65_HS1-834228961_62-HQ-83894_Section_3
Agency: FBI
Page 99
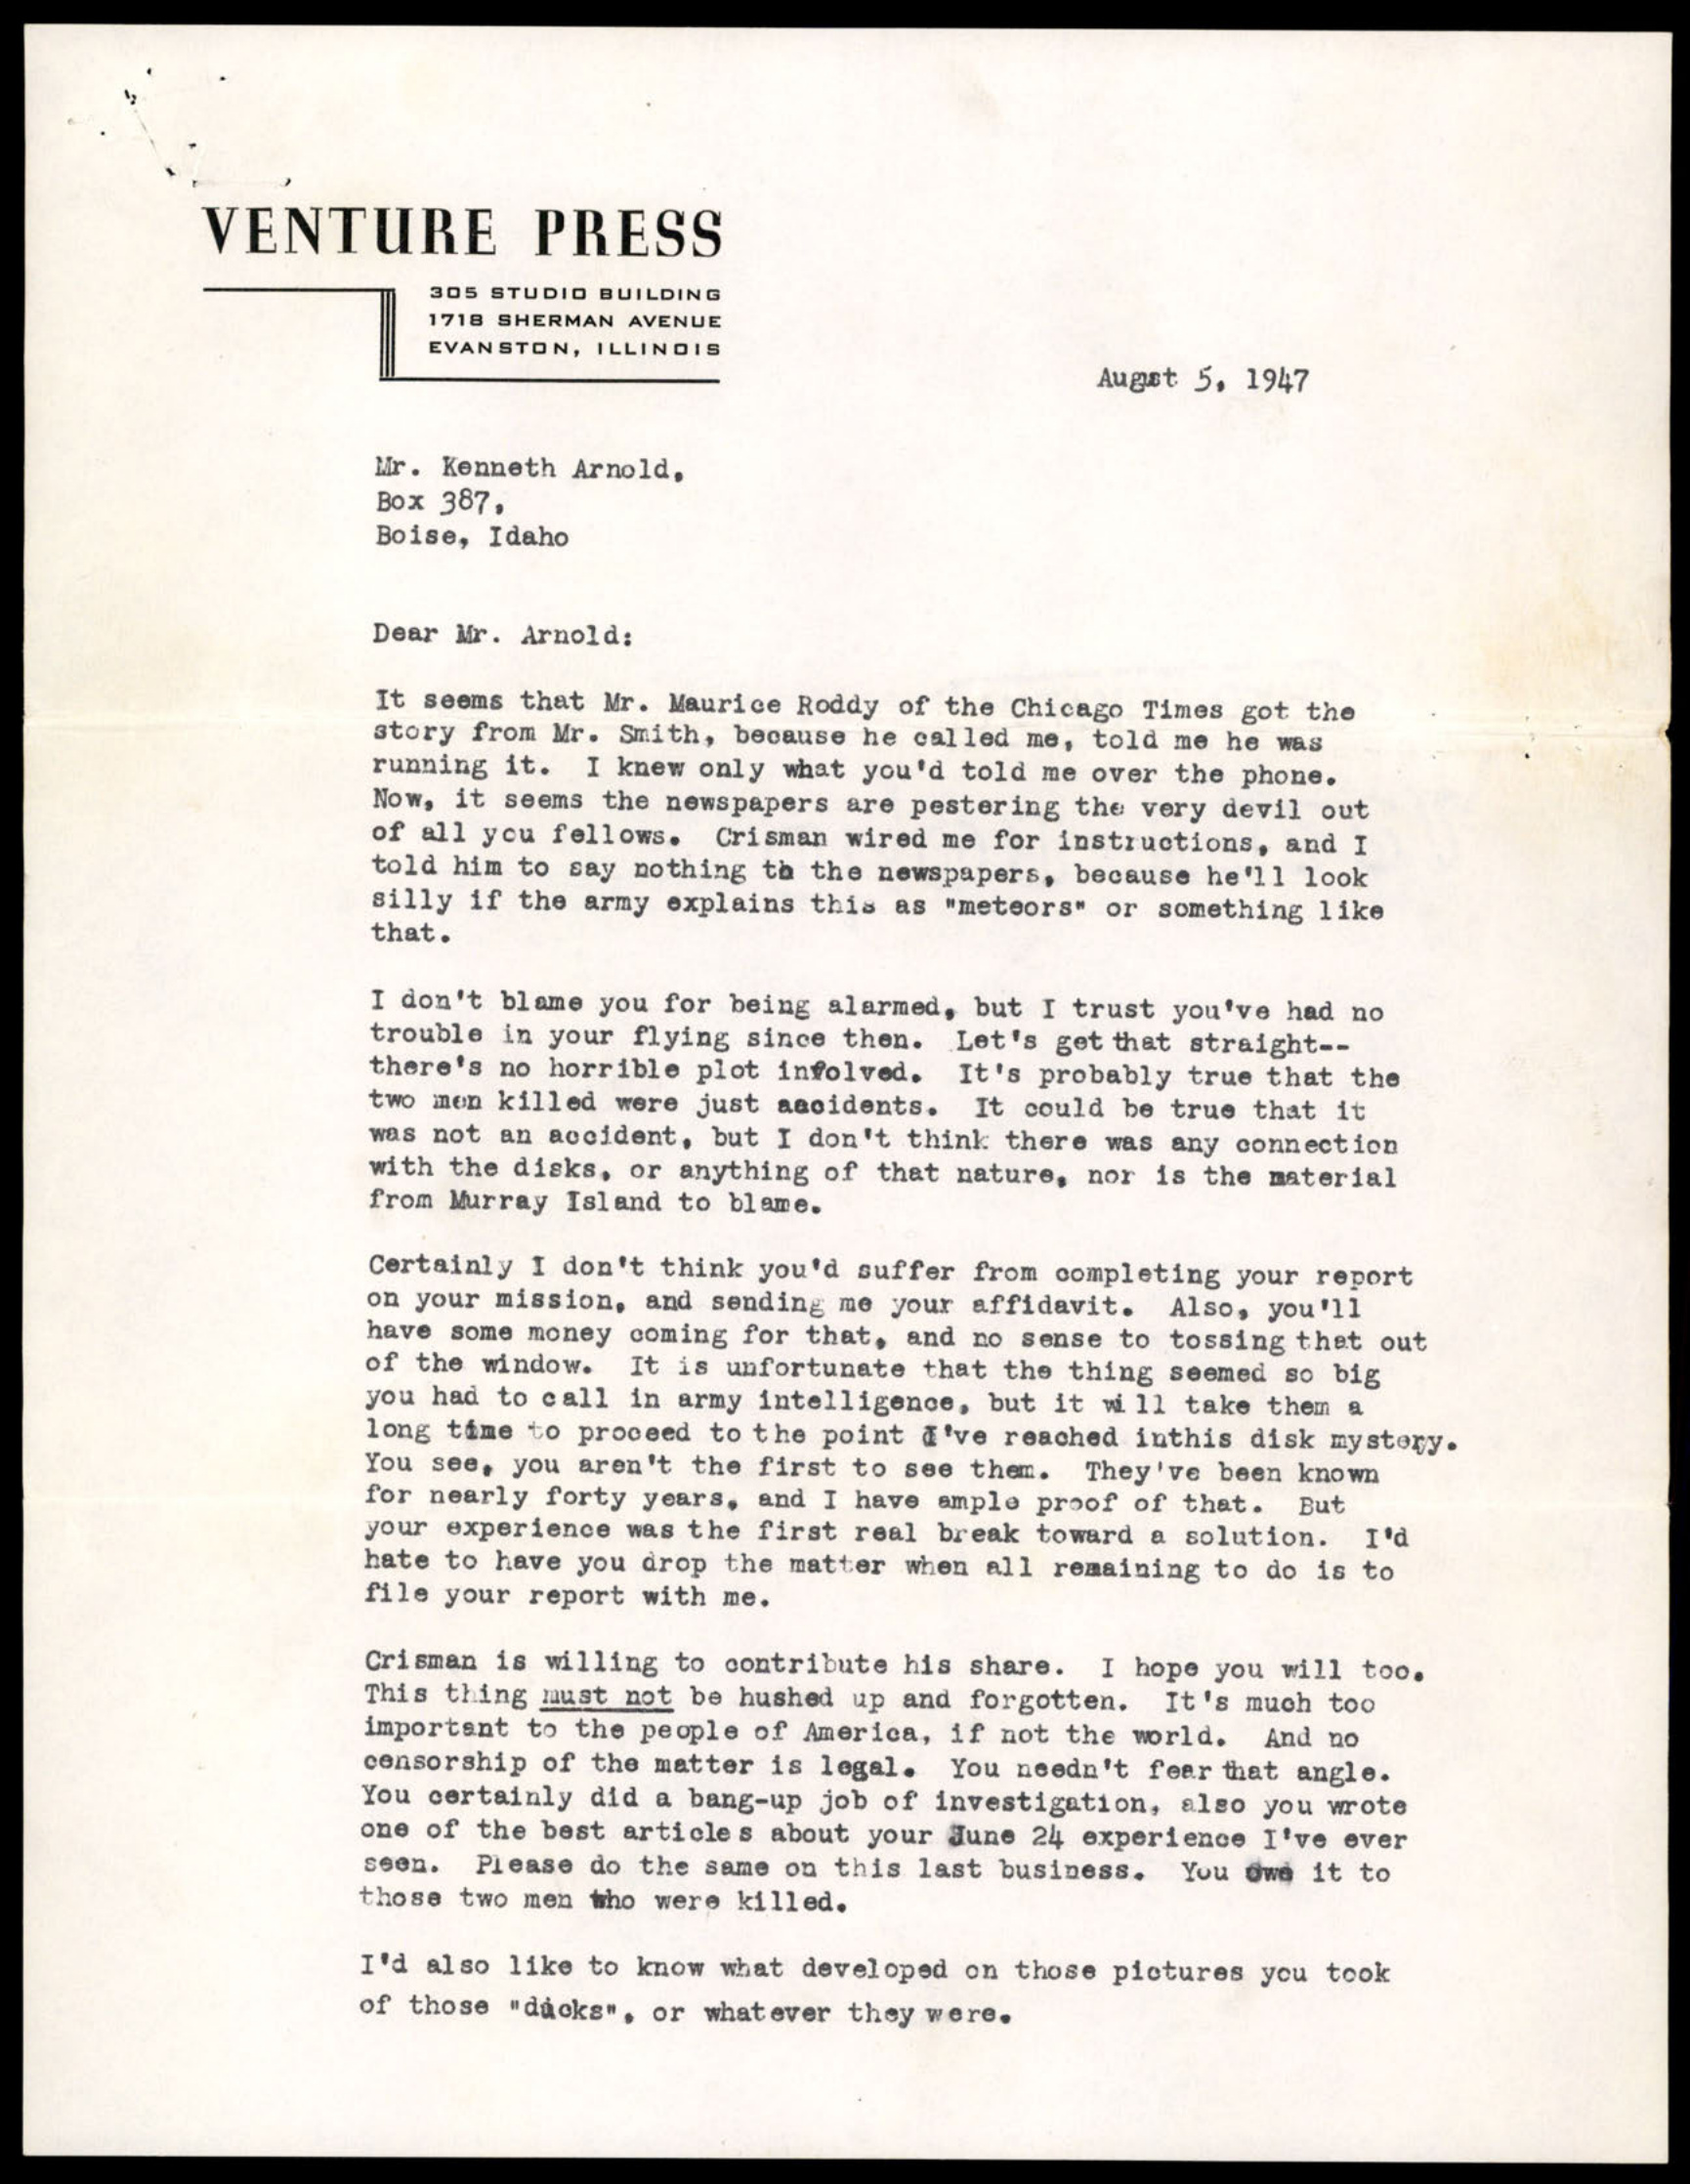